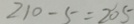
2 1 0 - 5 = 2 0 5